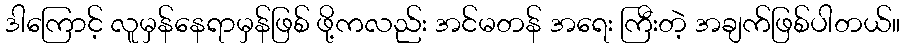
ဒါကြောင့် လူမှန်နေရာမှန်ဖြစ် ဖို့ကလည်း အင်မတန် အရေး ကြီးတဲ့ အချက်ဖြစ်ပါတယ်။